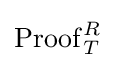
\operatorname {Proof} _{T}^{R}